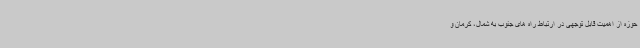
حوزه از اهمیت قابل توجهی در ارتباط راه های جنوب به شمال، کرمان و